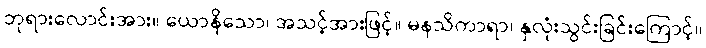
ဘုရားလောင်းအား။ ယောနိသော၊ အသင့်အားဖြင့်။ မနသိကာရာ၊ နှလုံးသွင်းခြင်းကြောင့်။